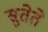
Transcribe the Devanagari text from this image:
सुतेते